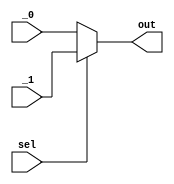
module MUX_32bit_2to1(
    input [31:0] _0,
    input [31:0] _1,
    input sel,
    output [31:0] out
    );
	 
	assign out = (sel == 0) ? _0 :
					 (sel == 1) ? _1 :
					 32'dz;

endmodule